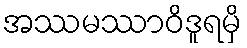
အဿမဿာဝိဒူရမှိ